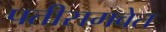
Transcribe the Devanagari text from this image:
पतीसमवेत